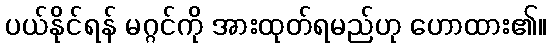
ပယ်နိုင်ရန် မဂ္ဂင်ကို အားထုတ်ရမည်ဟု ဟောထား၏။